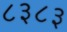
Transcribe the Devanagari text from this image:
८३८३